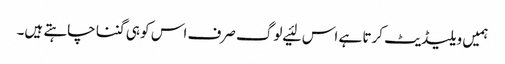
ہمیں ویلیڈیٹ کرتا ہے اس لئیے لوگ صرف اس کو ہی گننا چاہتے ہیں۔